Senior Leaving Certificate Examination (including Day School Certificate (Higher) General paper), 1948
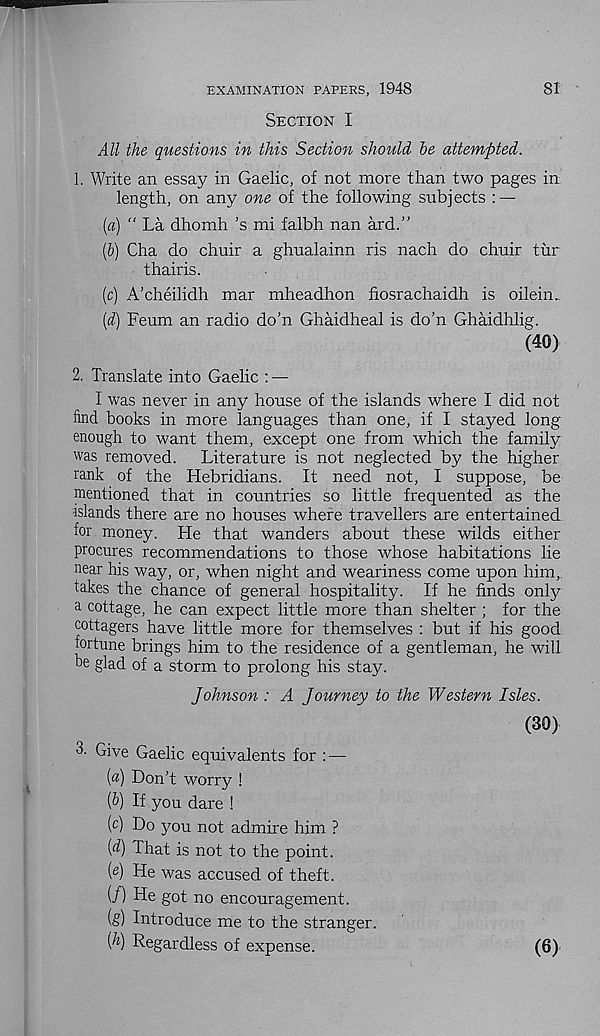
81
EXAMINATION PAPERS, 1948
Section I
All the questions in this Section should he attempted.
1. Write an essay in Gaelic, of not more than two pages in
length, on any one of the following subjects : —
(а) " La dhomh ’s mi falbh nan ard.”
(б) Cha do chuir a ghualainn ris nach do chuir tur
thairis.
(c) A’cheilidh mar mheadhon fiosrachaidh is oilein..
[d) Feum an radio do’n Ghaidheal is do’n Ghaidhlig.
(40)
2. Translate into Gaelic : —
I was never in any house of the islands where I did not
find books in more languages than one, if I stayed long
enough to want them, except one from which the family
was removed.
Literature is not neglected by the higher
rank of the Hebridians. It need not, I suppose, be
mentioned that in countries so little frequented as the
•islands there are no houses where travellers are entertained
for money. He that wanders about these wilds either
procures recommendations to those whose habitations lie
near his way, or, when night and weariness come upon him,,
takes the chance of general hospitality. If he finds only
a cottage, he can expect little more than shelter ; for the
cottagers have little more for themselves : but if his good
fortune brings him to the residence of a gentleman, he will
be glad of a storm to prolong his stay.
Johnson : A Journey to the Western Isles.
(30)
3- Give Gaelic equivalents for : —
(«) Don’t worry !
[h) If you dare !
(c) Do you not admire him ?
(d) That is not to the point.
(e) He was accused of theft.
(/) He got no encouragement.
(g) Introduce me to the stranger.
[h) Regardless of expense.
(6)